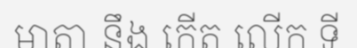
មាតា នឹង កើត លើក ទី